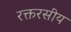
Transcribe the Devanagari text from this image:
रक्तरसीय